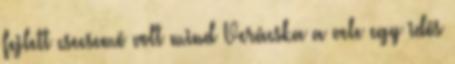
fejlett csecsemõ volt mind Verácska a vele egy idõs